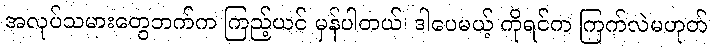
အလုပ်သမားတွေဘက်က ကြည့်ယင် မှန်ပါတယ်၊ ဒါပေမယ့် ကိုရင်က ကြက်လဲမဟုတ်